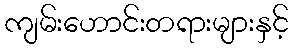
ကျမ်းဟောင်းတရားများနှင့်